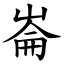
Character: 崙